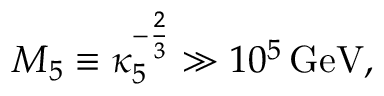
M _ { 5 } \equiv \kappa _ { 5 } ^ { - { \frac { 2 } { 3 } } } \gg 1 0 ^ { 5 } \, \mathrm { G e V } ,